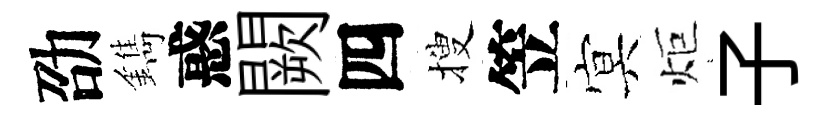
劭鐫惑闕四搜笠㝠炬子